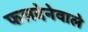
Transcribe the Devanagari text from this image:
फलदेनेवाले